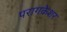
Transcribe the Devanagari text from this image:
परागकेशर